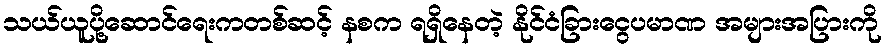
သယ်ယူပို့ဆောင်ရေးကတစ်ဆင့် နစက ရရှိနေတဲ့ နိုင်ငံခြားငွေပမာဏ အများအပြားကို